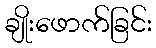
ချိုးဖောက်ခြင်း